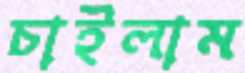
চাইলাম